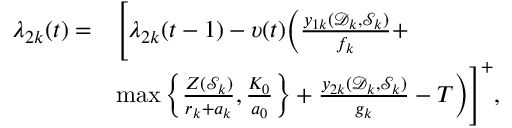
\begin{array} { r l } { \lambda _ { 2 k } ( t ) = } & { \Bigg [ \lambda _ { 2 k } ( t - 1 ) - \upsilon ( t ) \Big ( \frac { y _ { 1 k } ( \mathcal D _ { k } , \mathcal S _ { k } ) } { f _ { k } } + } \\ & { \operatorname* { m a x } \left\{ \frac { Z ( \mathcal S _ { k } ) } { r _ { k } + a _ { k } } , \frac { K _ { 0 } } { a _ { 0 } } \right\} + \frac { y _ { 2 k } ( \mathcal D _ { k } , \mathcal S _ { k } ) } { g _ { k } } - T \Big ) \Bigg ] ^ { + } , } \end{array}